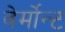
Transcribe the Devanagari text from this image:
वेर्मोन्ट